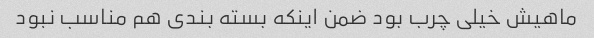
ماهیش خیلی چرب بود ضمن اینکه بسته بندی هم مناسب نبود